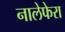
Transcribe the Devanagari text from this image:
नालेफेरा